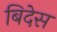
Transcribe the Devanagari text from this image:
बिदेस